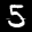
Label: 5